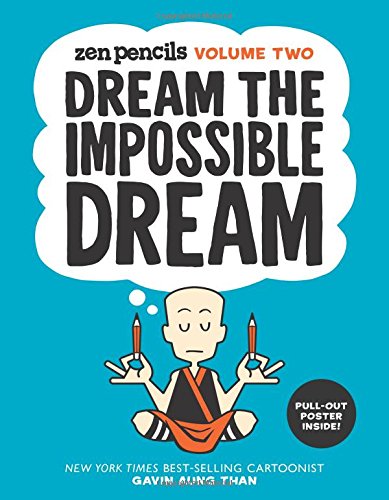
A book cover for Zen Pencils-Volume Two: Dream the Impossible Dream; Gavin Aung Than; Comics & Graphic Novels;